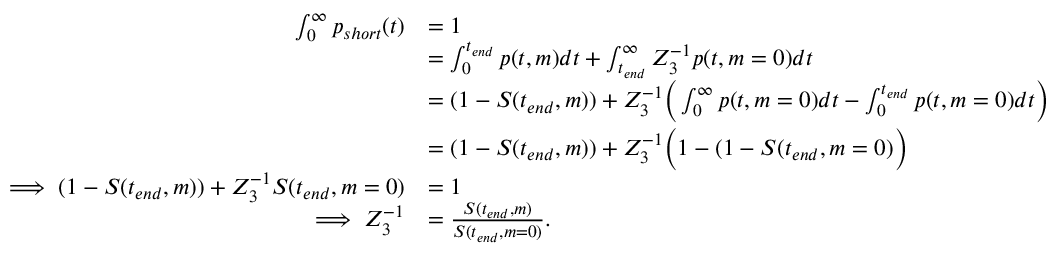
\begin{array} { r l } { \int _ { 0 } ^ { \infty } p _ { s h o r t } ( t ) } & { = 1 } \\ & { = \int _ { 0 } ^ { t _ { e n d } } p ( t , m ) d t + \int _ { t _ { e n d } } ^ { \infty } Z _ { 3 } ^ { - 1 } p ( t , m = 0 ) d t } \\ & { = ( 1 - S ( t _ { e n d } , m ) ) + Z _ { 3 } ^ { - 1 } \bigg ( \int _ { 0 } ^ { \infty } p ( t , m = 0 ) d t - \int _ { 0 } ^ { t _ { e n d } } p ( t , m = 0 ) d t \bigg ) } \\ & { = ( 1 - S ( t _ { e n d } , m ) ) + Z _ { 3 } ^ { - 1 } \bigg ( 1 - ( 1 - S ( t _ { e n d } , m = 0 ) \bigg ) } \\ { \implies ( 1 - S ( t _ { e n d } , m ) ) + Z _ { 3 } ^ { - 1 } S ( t _ { e n d } , m = 0 ) } & { = 1 } \\ { \implies Z _ { 3 } ^ { - 1 } } & { = \frac { S ( t _ { e n d } , m ) } { S ( t _ { e n d } , m = 0 ) } . } \end{array}